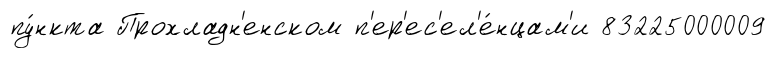
пу́нкта Прохладн'енском п'ер'ес'ел'е́нцам'и 83225000009